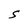
Character: S